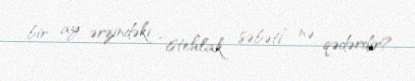
bir ay ərzindəki “istehlak səbəti” nə qədərdir?.